Lunatic asylums Madras 1877-1891 - 1877-1891
Year: 1877
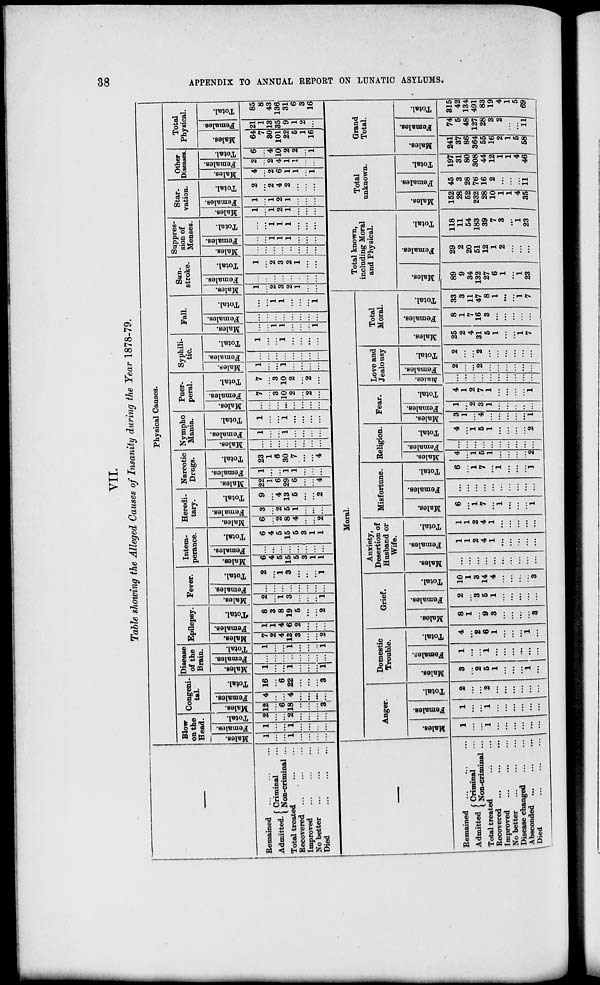
38
APPENDIX TO ANNUAL REPORT ON LUNATIC ASYLUMS.
VII.
Table showing the Alleged Causes of Insanity during the Year 1878-79.
Remained
...
...
...
Admitted.
Criminal ...
Non-criminal ...
Total treated
...
...
Recovered ... ... ...
Improved ... ... ...
No better ... ... ...
Died
...
...
...
Physical Causes.
Blow
on the
Head.
Ma l
e s .
1
...
...
1
...
...
...
...
Females.
1
...
...
1
...
...
...
...
Tot al .
2
...
...
2
...
...
...
...
Congeni-
tal.
Ma l
e s .
12
...
6
18
...
...
...
3
Females.
4
...
...
4
...
...
...
...
Tot al .
16
...
6
22
...
...
...
8
Disease
of the
Brain.
Mal es .
1
...
...
1
...
...
...
1
Fe ma l
e s .
...
...
...
...
...
...
...
...
Tot al
1
...
1
...
...
...
1
Epilepsy.
Mal es .
7
2
4
18
3
...
...
2
Females.
1
1
4
6
2
...
...
...
Total.
8
3
8
19
5
...
...
2
Fever.
Mal es .
2
...
1
3
...
...
...
1
Fe ma l
e s .
...
...
...
...
...
...
...
...
Tot al .
2
...
1
3
...
...
...
1
Intem-
perance.
Mal es .
6
4
5
15
5
3
1
1
Fe ma l
e s .
...
...
...
...
...
...
...
...
Tot al .
6
4
5
15
5
3
1
1
Heredi-
tary.
Mal es .
6
...
2
8
4
...
...
2
Females.
3
...
2
5
1
...
...
...
Tot al .
9
...
4
13
5
...
...
2
Narcotic
Drugs.
Mal es .
22
1
6
29
6
...
...
4
Fe ma l
e s .
1
...
...
1
1
...
...
...
Tot al .
28
1
6
30
7
...
...
4
Nympho
Mania.
Mal es .
...
...
...
...
...
...
...
...
Females.
1
...
...
1
...
...
...
...
Tot al .
1
...
...
1
...
...
...
...
Males.
...
...
...
...
...
...
...
...
Puer-
peral.
Females.
7
...
3
10
2
...
2
...
Tot al .
7
...
3
10
2
...
2
...
Syphili-
tic.
Males.
1
...
...
1
...
...
...
...
Fe ma l
e s .
...
...
...
...
...
...
...
...
Tot al .
1
...
...
1
...
...
...
...
Mal es .
...
...
1
1
...
...
...
1
Fall.
Females.
...
...
...
...
...
...
...
...
Tot al .
...
...
1
1
...
...
...
1
1
Mal es .
1
...
2
8
2
1
...
...
Sun-
stroke.
Females.
...
...
...
...
...
...
...
...
Tot al .
1
...
2
8
2
1
...
...
Suppres-
sion of
Menses.
Mal es .
...
...
...
...
...
...
...
...
Females.
...
...
1
1
1
...
...
...
Tot al .
...
...
1
1
1
...
...
...
Star-
vation.
Mal es .
1
...
1
2
1
...
...
...
Fe ma l
e s .
1
...
1
2
1
...
...
...
Tot al .
2
...
2
4
2
...
...
...
Other
Diseases.
Mal es .
4
...
2
6
1
1
...
1
Females.
2
...
2
4
1
1
...
...
Tot al .
6
...
4
10
2
2
...
1
Total
Physical.
Mal es .
64
7
30
101
22
5
1
16
Fe ma l
e s .
21
1
13
35
9
1
2
...
Tot al .
85
8
43
136
31
6
3
16
Remained ...
...
...
Admitted
Criminal ...
Non-criminal ...
Total treated
...
...
Recovered ...
...
...
Improved
...
...
...
No better
...
...
...
Disease changed
...
...
Absconded ...
...
...
Died ... ... ...
Moral.
Anger.
Males.
1
...
...
1
...
...
...
...
...
...
Females.
1
...
...
1
...
...
...
...
...
...
Total.
2
...
...
2
...
...
...
...
...
Domestic
Trouble.
Males.
3
...
2
5
1
...
...
...
1
...
Females.
1
...
...
1
...
...
...
...
...
...
Total.
4
...
2
6
1
...
...
...
1
...
Grief.
Males.
8
1
...
9
3
...
...
...
...
3
Females.
2
...
3
5
1
...
...
...
...
...
Total.
10
1
3
14
4
...
...
...
...
3
Anxiety,
Desertion of
Husband or
Wife.
Males.
...
...
...
...
...
...
...
...
...
...
Females.
1
1
2
4
1
...
...
...
...
...
Total.
1
1
2
4
1
...
...
...
...
...
Misfortune.
Males.
6
...
1
7
...
1
...
...
...
1
Females.
...
...
...
...
...
...
...
...
...
...
Total.
6
...
1
7
...
1
...
...
...
1
Religion.
Males.
4
...
1
5
1
...
...
...
...
2
Females.
...
...
...
...
...
...
...
...
...
...
Total.
4
...
1
5
1
...
...
...
...
2
Fear.
Males.
3
1
...
4
...
...
...
...
...
1
Females.
1
...
2
3
1
...
...
..
..
1
Total.
4
1
2
7
1
...
...
...
...
1
Love and
Jealousy
Males.
...
...
...
...
...
...
...
...
...
...
Females.
2
...
...
2
...
...
...
...
...
...
Total
2
...
...
2
...
...
...
...
...
...
Total
Moral.
Males.
25
2
4
31
5
1
...
...
1
7
Females.
8
1
7
16
3
...
...
...
...
...
Total.
33
3
11
47
8
1
...
...
1
7
Total known,
including Moral
and Physical.
Males.
89
9
34
132
27
6
1
...
1
23
Females.
29
2
20
51
12
1
2
...
...
...
Total.
118
11
54
183
39
7
3
...
1
23
Total
unknown.
Males.
152
28
52
232
28
10
1
1
4
35
Females.
45
3
28
76
16
2
...
...
...
11
Total.
197
31
80
308
44
12
1
1
4
46
Grand
Total.
Males.
241
37
86
364
55
16
2
1
5
58
Females.
74
5
48
127
28
3
2
..
...
11
Total
315
42
134
491
83
19
4
1
5
69